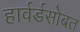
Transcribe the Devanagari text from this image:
हार्वर्डसोबत